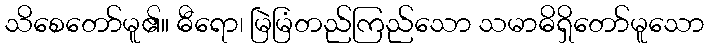
သိစေတော်မူ၏။ ဓီရော၊ မြဲမြံတည်ကြည်သော သမာဓိရှိတော်မူသော